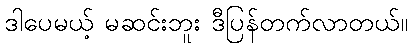
ဒါပေမယ့် မဆင်းဘူး ဒီပြန်တက်လာတယ်။